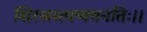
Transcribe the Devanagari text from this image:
शिरसस्त्वय्यवनतिः।।